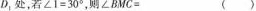
D_{1}处，若$$∠ 1 = 3 0 °$$，则$$∠ B M C = ()$$ ( )